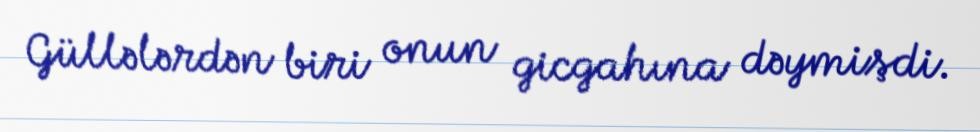
Güllələrdən biri onun gicgahına dəymişdi.